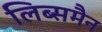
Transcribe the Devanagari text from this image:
लिब्समैन